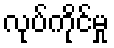
လုပ်ကိုင်မှု